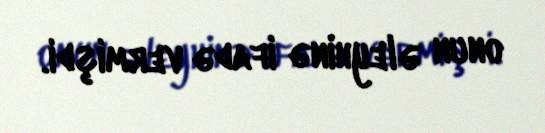
onun əleyhinə ifadə vermişdi.